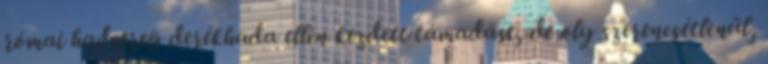
római hadsereg derékhada ellen kezdett támadást, de oly szerencsétlenül,